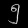
Digit: ၅